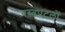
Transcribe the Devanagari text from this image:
वस्त्रपटलों